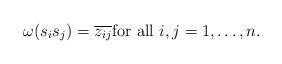
LaTeX: \begin{align*}\omega(s_{i}s_{j})=\overline{z_{ij}}\mbox{for all }i,j=1,\ldots,n.\end{align*}